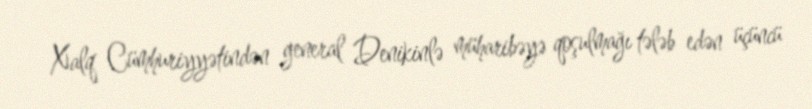
Xalq Cümhuriyyətindən general Denikinlə müharibəyə qoşulmağı tələb edən üçüncü